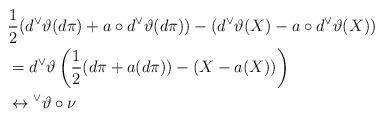
LaTeX: \begin{align*}& \frac{1}{2}(d {^\vee}\vartheta (d\pi) + a \circ d {^\vee}\vartheta(d\pi)) - (d {^\vee}\vartheta (X) -a \circ d {^\vee}\vartheta (X))\\&= d {^\vee}\vartheta \left( \frac{1}{2}( d\pi + a(d\pi)) - ( X -a ( X))\right)\\& \leftrightarrow {^\vee}\vartheta \circ \nu\end{align*}